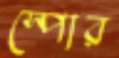
স্পোর